Annual report of the Bengal Veterinary College and of the Civil Veterinary Department, Bengal, for the year 1913-1914 - 1913-1914
Year: 1913
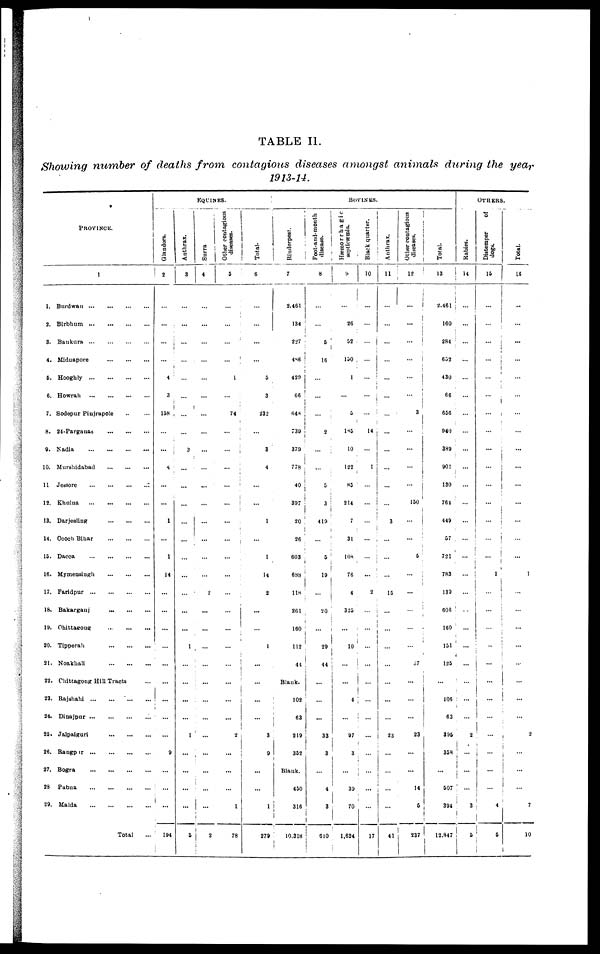
TABLE II.
Showing number of deaths from contagions diseases amongst animals during the year
1913-14.
PROVINCE.
1
1.
Burdwan ... ... ... ...
2. Birbhnm
...
...
...
...
3. Bankura
...
...
...
...
4.
Midnapore
...
...
...
5. Hooghly
...
...
...
...
6. Howrah
...
...
...
...
7. Sodepur Pinjrapole
...
...
8. 24-Parganas
...
...
...
9.
Nadia
...
...
...
...
10. Murshidabad
...
...
...
11 Jessore
...
...
...
...
12. Khulua
...
...
...
...
13. Darjeeling
...
...
...
14. Coach Bihar
...
...
...
15. Dacca ... ... ... ...
16. Mymensingh
...
...
...
17. Faridpur
...
...
...
...
18. Bakarganj
...
...
...
19.
Chittagong ... ... ...
20. Tipperah
...
...
...
21. Noakhali
...
...
...
22. Chittagong Hill Tracts ...
23. Rajshahi
...
...
...
...
24. Dinajpur
...
...
...
...
25. Jalpaiguri
...
...
...
26. Rangpur
...
...
...
...
27. Bogra
...
...
...
...
28 Pabna
...
...
...
...
29. Malda
...
...
...
...
Total
EQUINES.
Glandors.
2
...
...
...
...
4
3
158
...
...
4
...
...
1
...
1
14
...
...
...
...
...
...
...
...
...
9
...
...
...
194
Anthrax.
3
...
...
...
...
...
...
...
...
3
...
...
...
...
...
...
...
...
...
...
1
...
...
...
...
1
...
...
...
...
5
Surra
4
...
...
...
...
...
...
...
...
...
...
...
...
...
...
...
...
2
...
...
...
...
...
...
...
...
...
...
...
...
2
Other contagions
diseases.
5
...
...
...
...
1
...
74
...
...
...
...
...
...
...
...
...
...
...
...
...
...
...
...
...
2
...
...
...
1
78
Total-
6
...
...
...
...
5
3
232
...
3
4
...
...
1
...
1
14
2
...
...
1
...
...
...
...
3
9
...
...
1
279
BOVINES.
Rinderpest.
7
2,461
134
227
486
429
66
648
739
379
778
40
397
20
26
603
688
118
261
160
112
41
Blank.
102
63
219
352
Blank.
450
316
10.318
Foot-ami-month
disease.
8
...
...
5
16
...
...
...
2
...
...
5
3
419
...
5
19
...
20
...
29
44
...
...
...
33
3
...
4
3
610
Hæmorrhagic
septicæmia.
9
...
26
52
150
1
...
5
185
10
122
85
214
7
31
108
76
4
325
...
10
...
...
4
...
97
3
...
39
70
1,624
Black quarter.
10
...
...
...
...
...
...
...
14
...
1
...
...
...
...
...
...
2
...
...
...
...
...
...
...
...
...
...
...
...
17
Anthrax.
11
...
...
...
...
...
...
...
...
...
...
...
...
3
...
...
...
15
...
...
...
...
...
...
...
23
...
...
...
...
41
Other contagious
diseases.
12
...
...
...
...
...
...
3
...
...
1
...
150
...
...
5
...
...
...
...
...
37
...
...
...
23
...
...
14
6
237
Total.
13
2,461
160
284
652
430
66
656
940
389
901
130
761
449
57
721
783
139
606
160
151
125
...
106
63
395
358
...
507
394
12,847
OTHERS.
Rabies.
14
...
...
...
...
...
...
...
...
...
...
...
...
...
...
...
...
...
...
...
...
...
...
...
...
2
...
...
...
3
5
Distemper
of
dogs.
15
...
...
...
...
...
...
...
...
...
...
...
...
...
...
...
1
...
...
...
...
...
...
...
...
...
...
...
...
4
5
Total.
16
...
...
...
...
...
...
...
...
...
...
...
...
...
...
...
1
...
...
...
...
...
...
...
...
2
...
...
...
7
10